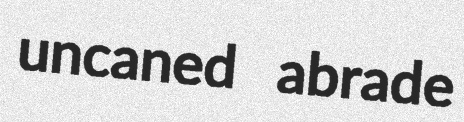
uncaned abrade